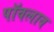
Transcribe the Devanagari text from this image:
पॉवलाव